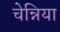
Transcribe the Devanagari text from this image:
चेन्निया